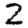
Digit: 2